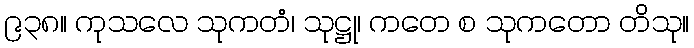
၉၃၈။ ကုသလေ သုကတံ၊ သုဋ္ဌု၊ ကတေ စ သုကတော တိသု။